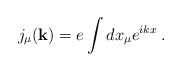
\begin{align*} j_{\mu}({\bf k})= e \int dx_{\mu}e^{ikx}\;.\end{align*}